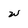
Character: w